Treatise on elephants
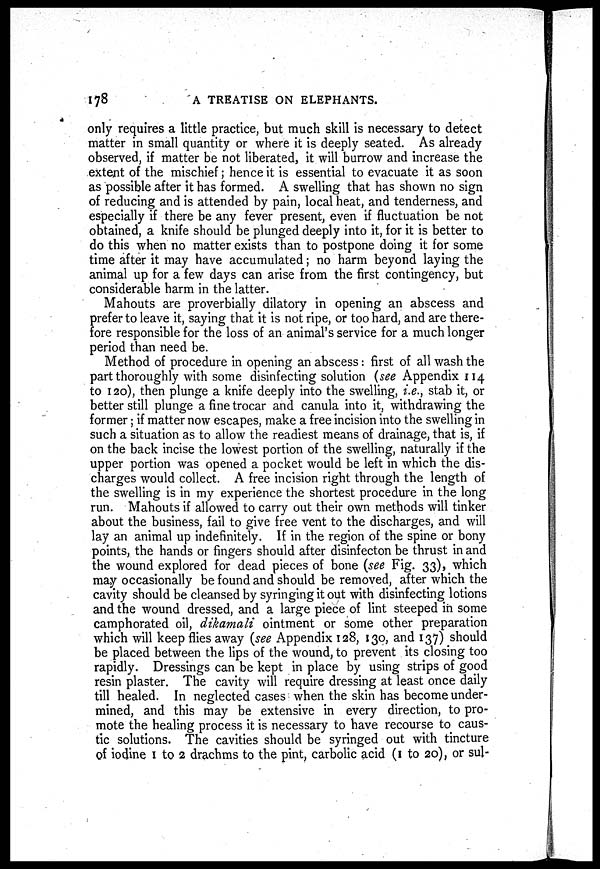
178
A TREATISE ON ELEPHANTS.
only requires a little practice, but much skill is necessary to detect
matter in small quantity or where it is deeply seated. As already
observed, if matter be not liberated, it will burrow and increase the
extent of the mischief; hence it is essential to evacuate it as soon
as possible after it has formed. A swelling that has shown no sign
of reducing and is attended by pain, local heat, and tenderness, and
especially if there be any fever present, even if fluctuation be not
obtained, a knife should be plunged deeply into it, for it is better to
do this when no matter exists than to postpone doing it for some
time after it may have accumulated; no harm beyond laying the
animal up for a few days can arise from the first contingency, but
considerable harm in the latter.
Mahouts are proverbially dilatory in opening an abscess and
prefer to leave it, saying that it is not ripe, or too hard, and are there-
fore responsible for the loss of an animal's service for a much longer
period than need be.
Method of procedure in opening an abscess: first of all wash the
part thoroughly with some disinfecting solution (see Appendix 114
to 120), then plunge a knife deeply into the swelling, i.e., stab it, or
better still plunge a fine trocar and canula into it, withdrawing the
former; if matter now escapes, make a free incision into the swelling in
such a situation as to allow the readiest means of drainage, that is, if
on the back incise the lowest portion of the swelling, naturally if the
upper portion was opened a pocket would be left in which the dis-
charges would collect. A free incision right through the length of
the swelling is in my experience the shortest procedure in the long
run. Mahouts if allowed to carry out their own methods will tinker
about the business, fail to give free vent to the discharges, and will
lay an animal up indefinitely. If in the region of the spine or bony
points, the hands or fingers should after disinfecton be thrust in and
the wound explored for dead pieces of bone (see Fig. 33), which
may occasionally be found and should be removed, after which the
cavity should be cleansed by syringing it out with disinfecting lotions
and the wound dressed, and a large piece of lint steeped in some
camphorated oil, dikamali ointment or some other preparation
which will keep flies away (see Appendix 128, 130, and 137) should
be placed between the lips of the wound, to prevent its closing too
rapidly. Dressings can be kept in place by using strips of good
resin plaster. The cavity will require dressing at least once daily
till healed. In neglected cases when the skin has become under-
mined, and this may be extensive in every direction, to pro-
mote the healing process it is necessary to have recourse to caus-
tic solutions. The cavities should be syringed out with tincture
of iodine 1 to 2 drachms to the pint, carbolic acid (1 to 20), or sul-